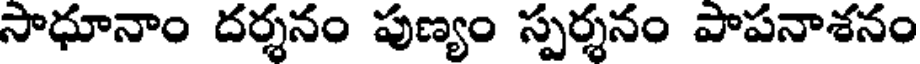
సాధూనాం దర్శనం పుణ్యం స్పర్శనం పాపనాశనం